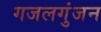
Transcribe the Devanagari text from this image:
गजलगुंजन